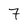
Character: 7